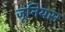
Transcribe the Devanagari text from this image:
जूनियस